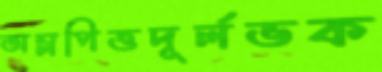
অম্লপিত্তদূর্লভক